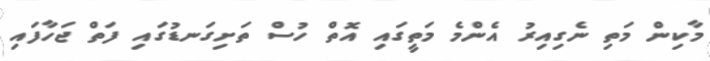
މާކިން މަތި ނެގިއިރު އެންމެ މަތީގައި އޮތް ހުސް ތަށިގަނޑުގައި ފަތް ޖަހާފައި